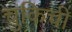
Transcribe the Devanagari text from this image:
चुकिची